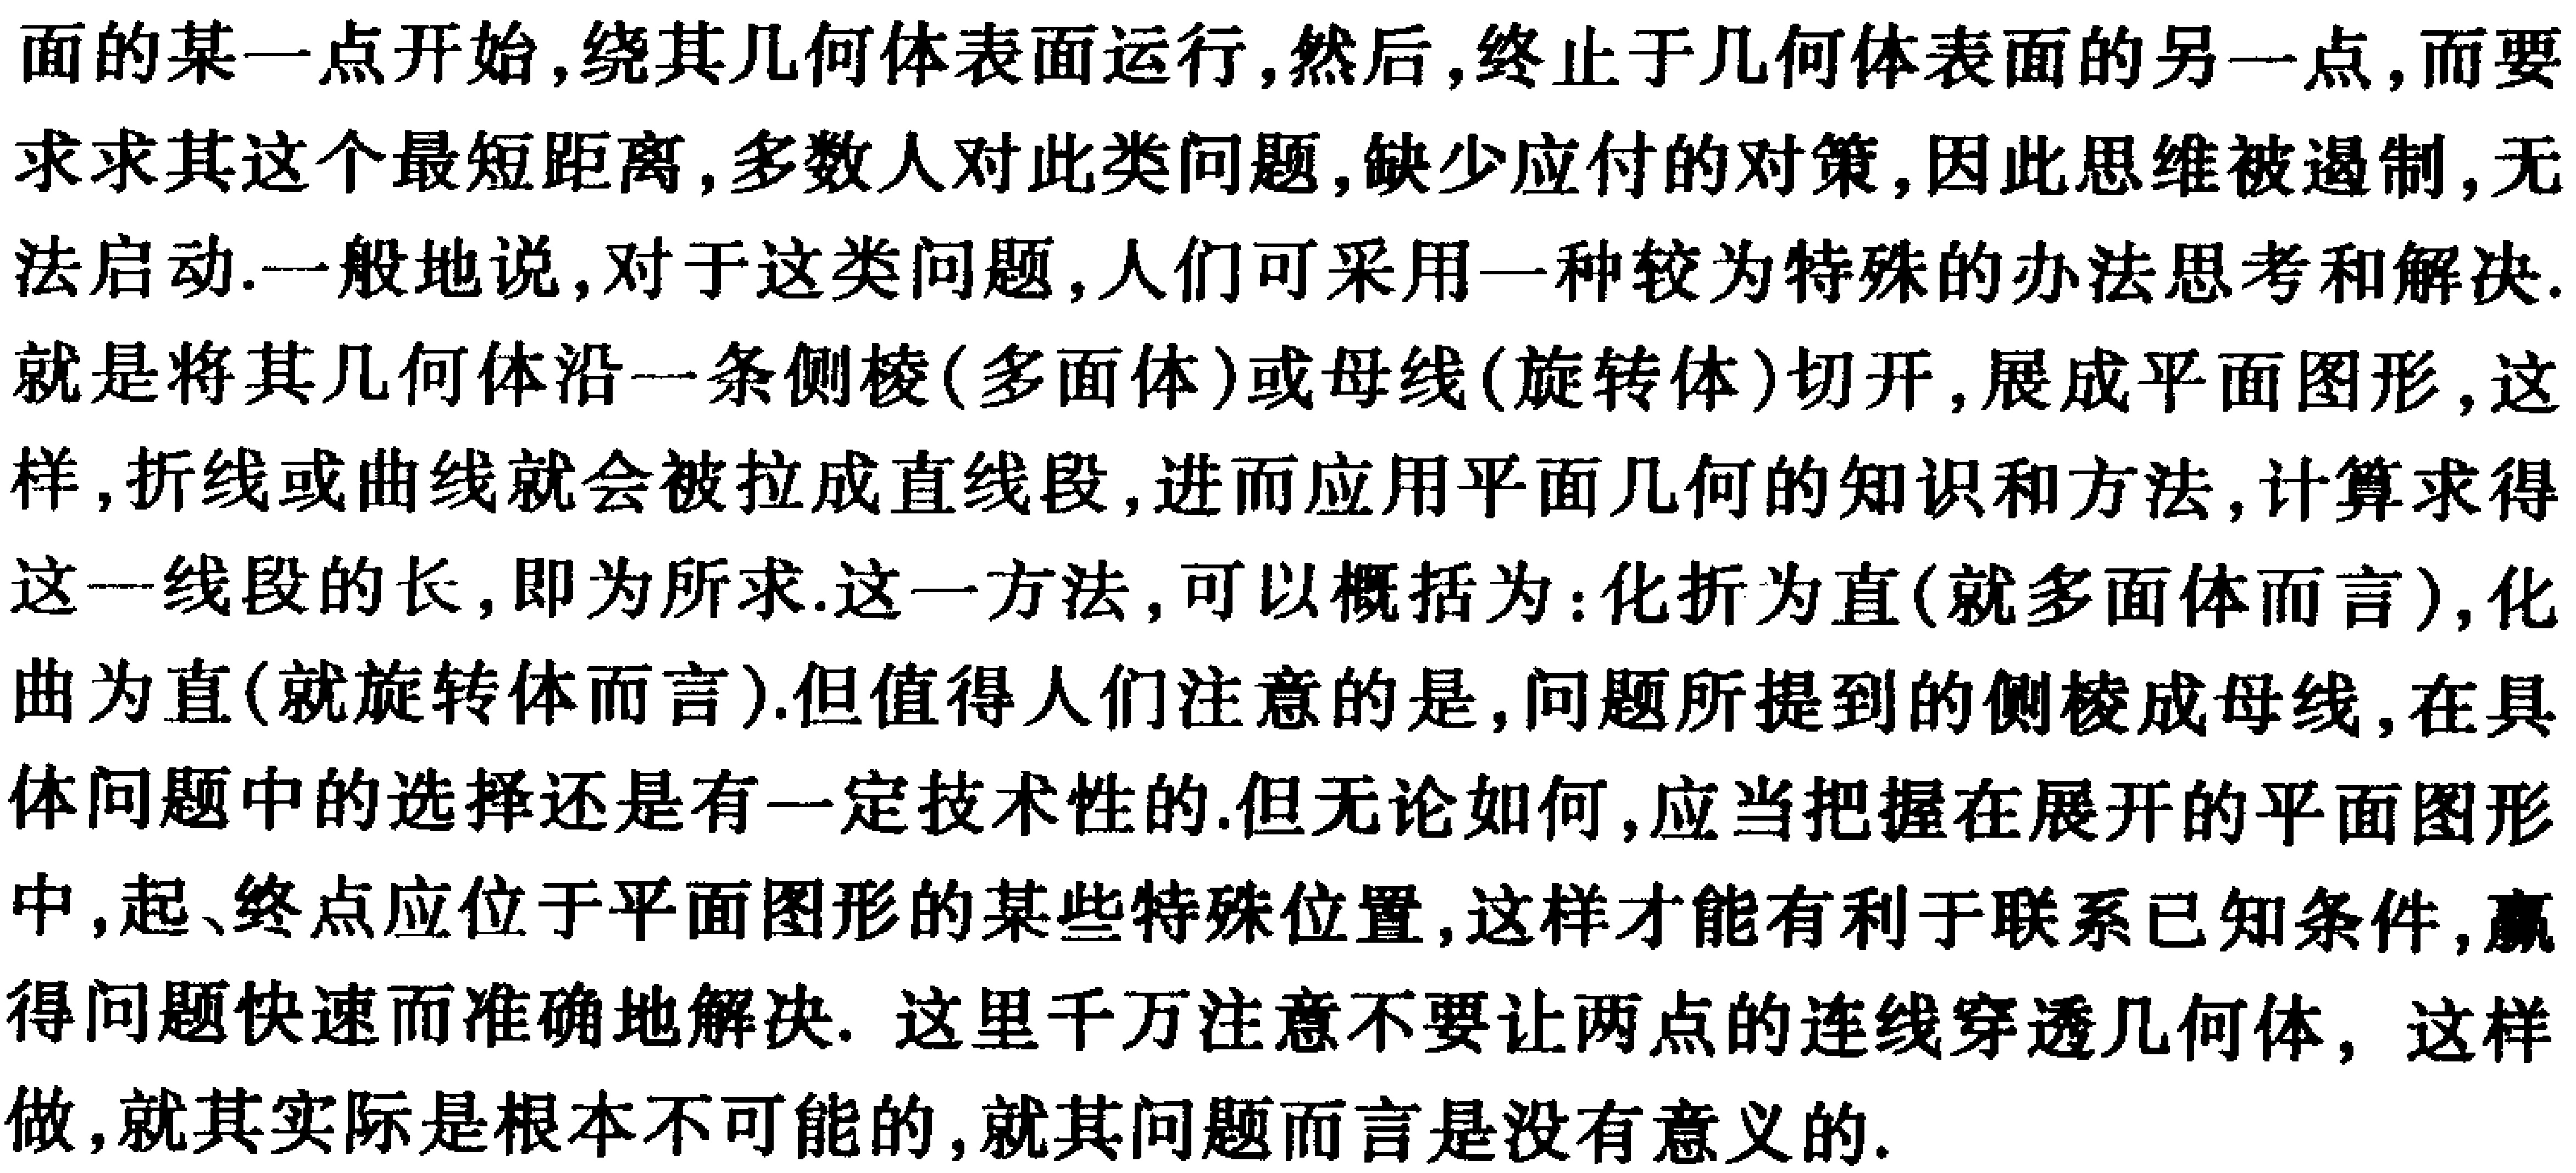
面的某一点开始,绕其几何体表面运行,然后,终止于几何体表面的另一点,而要求求其这个最短距离,多数人对此类问题,缺少应付的对策,因此思维被遏制,无法启动.一般地说,对于这类问题,人们可采用一种较为特殊的办法思考和解决.就是将其几何体沿一条侧棱(多面体)或母线(旋转体)切开,展成平面图形,这样,折线或曲线就会被拉成直线段,进而应用平面几何的知识和方法,计算求得这一线段的长,即为所求.这一方法,可以概括为:化折为直(就多面体而言),化曲为直(就旋转体而言).但值得人们注意的是,问题所提到的侧棱成母线,在具体问题中的选择还是有一定技术性的.但无论如何,应当把握在展开的平面图形中,起、终点应位于平面图形的某些特殊位置,这样才能有利于联系已知条件,赢得问题快速而准确地解决. 这里千万注意不要让两点的连线穿透几何体, 这样做,就其实际是根本不可能的,就其问题而言是没有意义的.